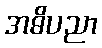
အဓိပညာ